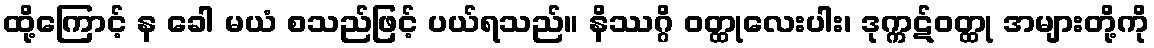
ထို့ကြောင့် န ခေါ မယံ စသည်ဖြင့် ပယ်ရသည်။ နိဿဂ္ဂိ ဝတ္ထုလေးပါး၊ ဒုက္ကဋ်ဝတ္ထု အများတို့ကို